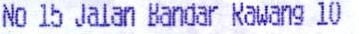
NO 15 JALAN BANDAR RAWANG 10